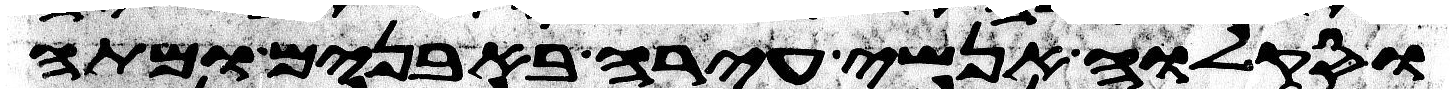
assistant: וסקלוה אנשי עירה באבנים ומתה